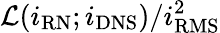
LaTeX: \mathcal{L}({i}_{\mathrm{RN}};{i}_{\mathrm{DNS}})/i_{\mathrm{RMS}}^{2}